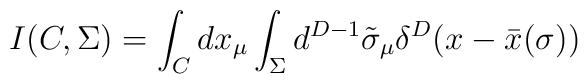
I(C,\Sigma ) = \int_{C} dx_{\mu } \int_{\Sigma }d^{D-1} \tilde{\sigma }_{\mu } \delta^{D} (x-\bar{x} (\sigma ) )